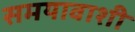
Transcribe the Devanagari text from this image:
समयावाशी